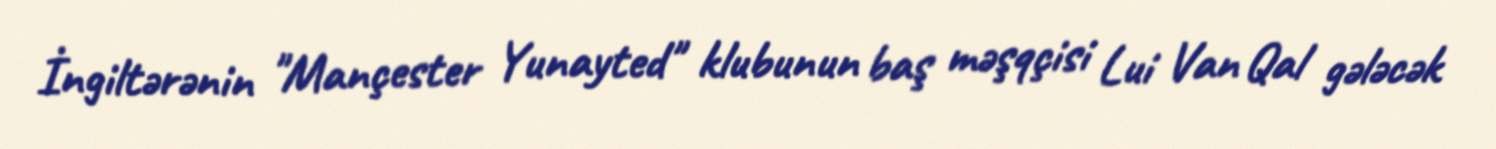
İngiltərənin "Mançester Yunayted" klubunun baş məşqçisi Lui Van Qal gələcək